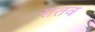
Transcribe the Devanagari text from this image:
रातव